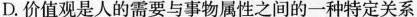
D.价值观是人的需要与事物属性之间的一种特定关系